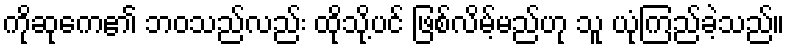
ကိုဆုကေ၏ ဘဝသည်လည်း ထိုသို့ပင် ဖြစ်လိမ့်မည်ဟု သူ ယုံကြည်ခဲ့သည်။